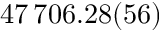
4 7 \, 7 0 6 . 2 8 ( 5 6 )